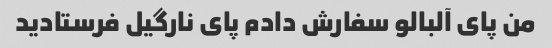
من پای آلبالو سفارش دادم پای نارگیل فرستادید